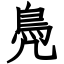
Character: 鳧